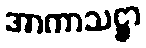
အာကာသဋ္ဌာ